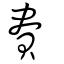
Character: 賮